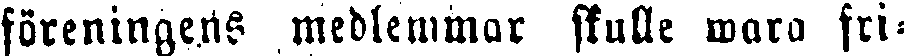
föreningens medlemmar skulle wara fri-